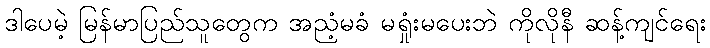
ဒါပေမဲ့ မြန်မာပြည်သူတွေက အညံ့မခံ မရှုံးမပေးဘဲ ကိုလိုနီ ဆန့်ကျင်ရေး